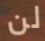
لن